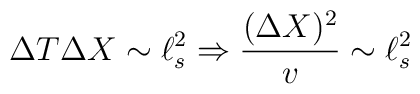
\Delta T \Delta X \sim \ell_s^2 \Rightarrow{(\Delta X)^2 \over v} \sim \ell_s^2